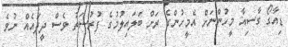
ޑިއާގޯ ގާސިއާ މީހުންނަށް އެމީހުންގެ ރަށް ބަލައިލުމުގެ ފުރުސަތު ވެސް ދީފައެއް ނުވެ